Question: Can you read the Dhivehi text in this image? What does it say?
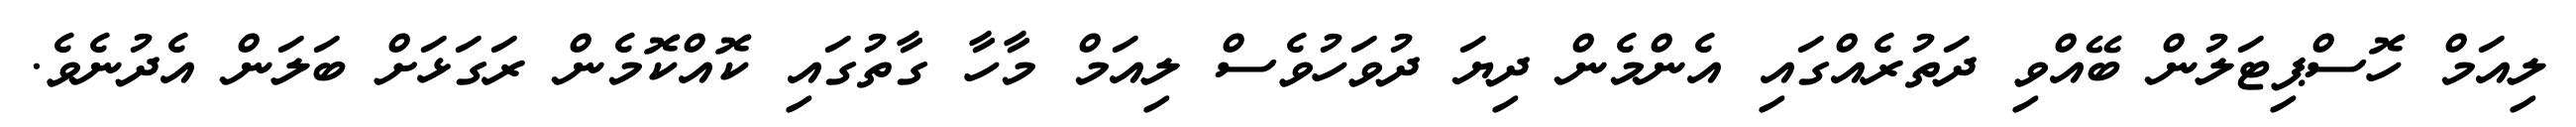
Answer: ލިއަމް ހޮސްޕިޓަލުން ބޭއްވި ދަތުރެއްގައި އެންމެން ދިޔަ ދުވަހުވެސް ލިއަމް މާހާ ގާތުގައި ކޮއްކޮމެން ރަގަޅަށް ބަލަން އެދުނެވެ.